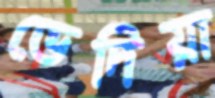
ভেদিয়া